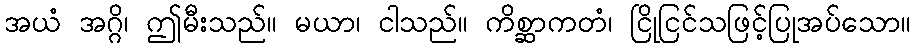
အယံ အဂ္ဂိ၊ ဤမီးသည်။ မယာ၊ ငါသည်။ ကိစ္ဆာကတံ၊ ငြိုငြင်သဖြင့်ပြုအပ်သော။